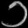
Digit: ၁